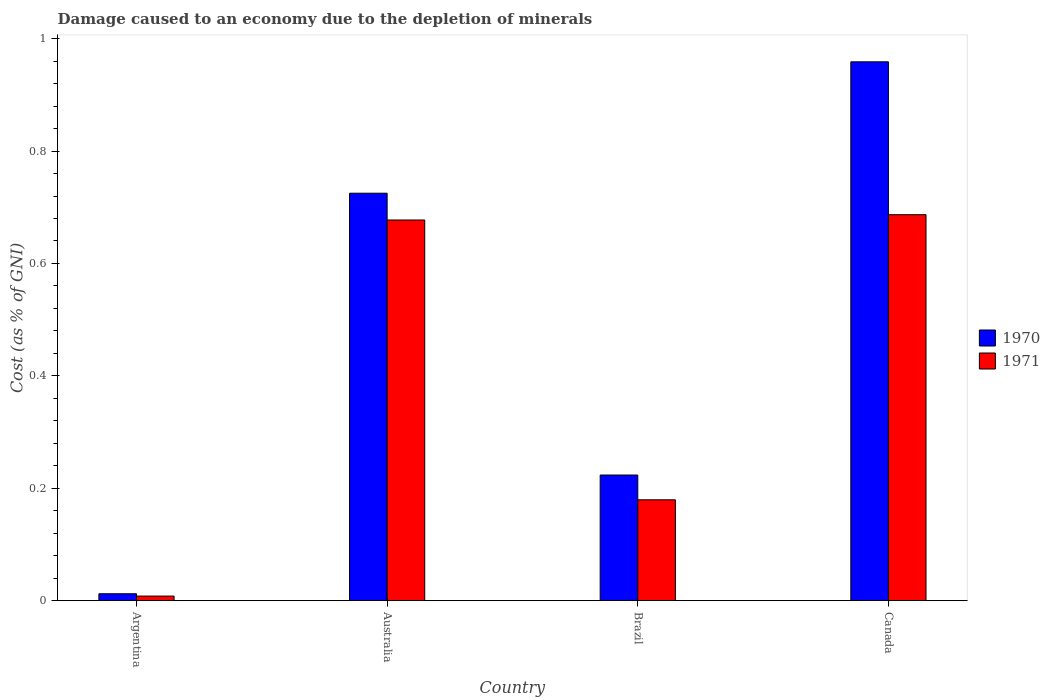
| Country | 1970 | 1971 |
 | --- | --- | --- |
 | Argentina | 0.0125 | 0.00833 |
 | Australia | 0.725 | 0.677 |
 | Brazil | 0.224 | 0.18 |
 | Canada | 0.959 | 0.687 |